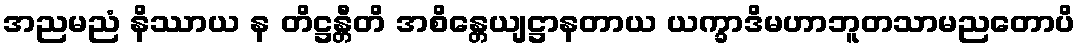
အညမညံ နိဿာယ န တိဋ္ဌန္တီတိ အစိန္တေယျဋ္ဌာနတာယ ယက္ခာဒိမဟာဘူတသာမညတောပိ